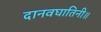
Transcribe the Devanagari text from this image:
दानवघातिनी॥